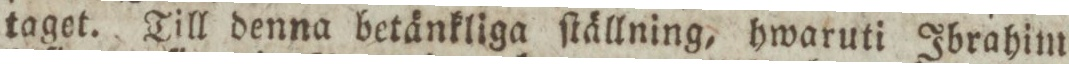
taget. Till denna betänkliga ſtällning, hwaruti Ibrahim